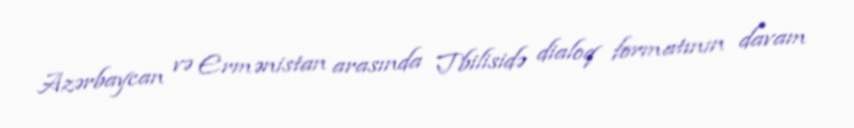
Azərbaycan və Ermənistan arasında Tbilisidə dialoq formatının davam